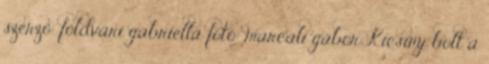
szerző: földvári gabriella fotó: marcali gábor Kicsiny bolt a